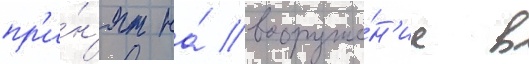
пр'и́н'ят на́ вооруже́н'ие в